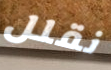
نقلل